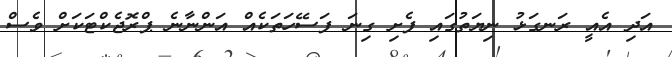
އަދި އެއީ ރަނގަޅު ނިޔަތުގައި ފެށި ގިނަ ފަސޭހަތަކެއް އަންނާނެ ޕްރޮޖެކްޓަކަށް ވެސް